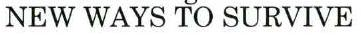
NEW WAYS TO SURVIVE